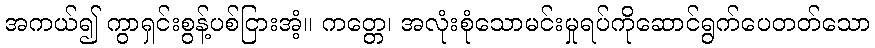
အကယ်၍ ကွာရှင်းစွန့်ပစ်ငြားအံ့။ ကတ္တေ၊ အလုံးစုံသောမင်းမှုရပ်ကိုဆောင်ရွက်ပေတတ်သော